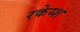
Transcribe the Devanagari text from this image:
रकेय्श